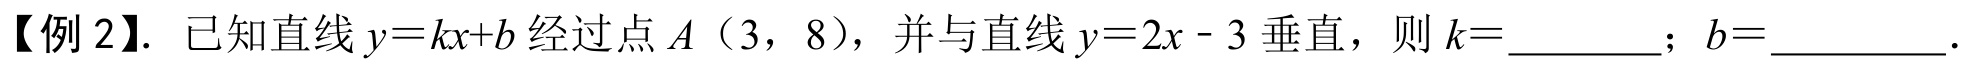
【例 2】. 已知直线\(y = kx + b\)经过点\(A\)（\(3\)，\(8\)），并与直线\(y = 2x - 3\)垂直，则\(k = \_\_\_\_\_\_\)；\(b = \_\_\_\_\_\_\).